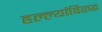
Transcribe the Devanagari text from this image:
हल्ल्यांविरुद्ध